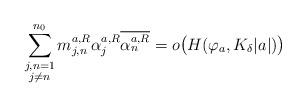
LaTeX: \begin{align*}\sum_{\substack{j,n=1 \\ j\neq n}}^{n_0}m_{j,n}^{a,R}\alpha_j^{a,R} \overline{\alpha_n^{a,R}} =o\big(H(\varphi_a,K_\delta|a|)\big) \end{align*}